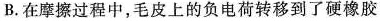
B.在摩擦过程中，毛皮上的负电荷转移到了硬橡胶